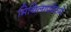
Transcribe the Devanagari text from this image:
मिथिलाप्रदेसमे